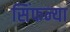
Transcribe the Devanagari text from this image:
सिंफन्या